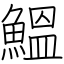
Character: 鰮